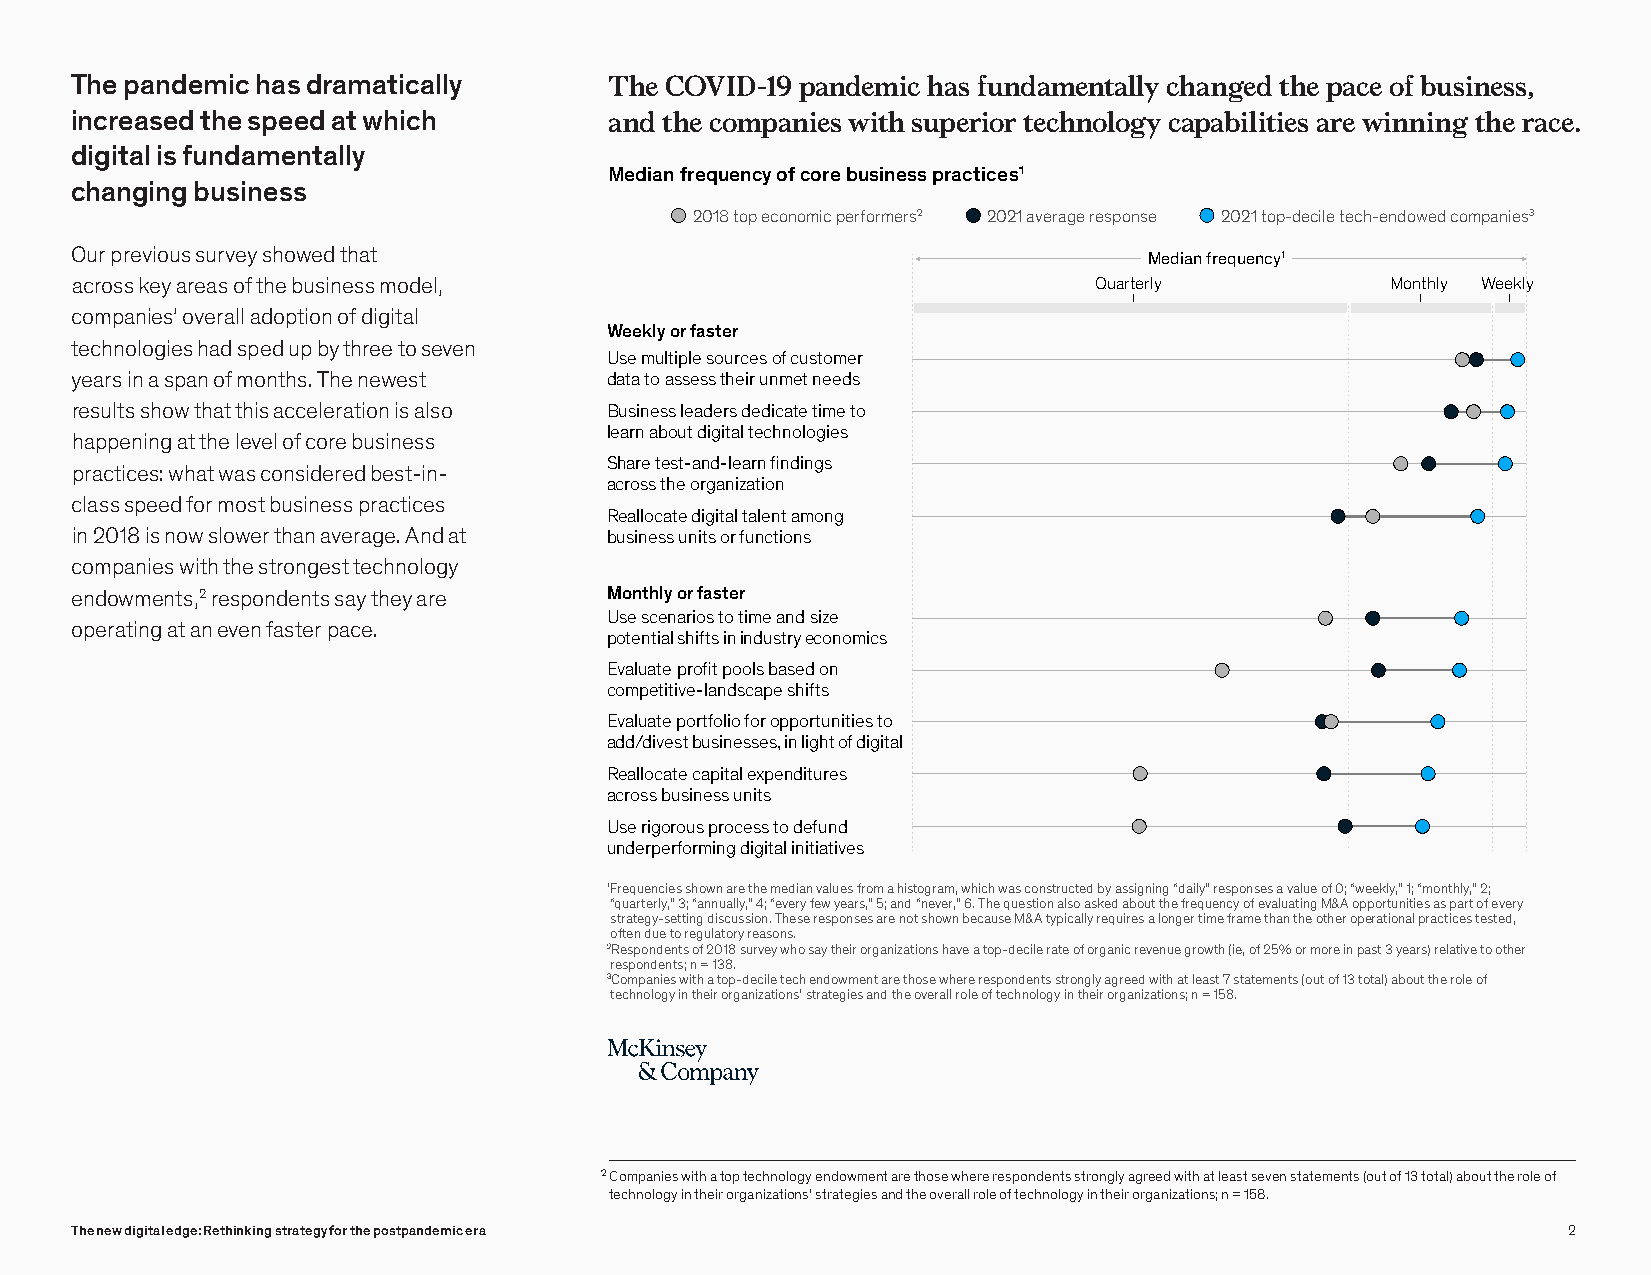
Web 2021
 Survey-DigitalStrategy
 Exhibit 1 of 13
 The pandemic has dramatically      TThhee C COOVVIDI-D1-91 9p apnadnedmemic ihca hsa fsu nfudnamdaemnteanlltya cllhya cnhgaendg tehde tphaec ep oacf eb uosf ibnuesssin, ess,
 increased the speed at which       a an nd d t th he e c co om mp pa an nie ies s w wit ih th s u sp ue pr eio rir o t re c teh cn ho nlo og loy g c ya p ca ab pi ali bti ie lis t ia er se aw ri en n win ing n t ih ne g r a thc ee . race.
 digital is fundamentally
 Median frequency of core business practices1
 changing business
 2018 top economic performers2 2021 average response 2021 top-decile tech-endowed companies3
 Our previous survey showed that                                        Median frequency1
 across key areas of the business model,                            Quarterly           Monthly Weekly
 companies’ overall adoption of digital
 Weekly or faster
 technologies had sped up by three to seven
 Use multiple sources of customer
 years in a span of months. The newest data to assess their unmet needs
 results show that this acceleration is also Business leaders dedicate time to
 learn about digital technologies
 happening at the level of core business
 Share test-and-learn findings
 practices: what was considered best-in-
 across the organization
 class speed for most business practices
 Reallocate digital talent among
 in 2018 is now slower than average. And at business units or functions
 companies with the strongest technology
 endowments,2 respondents say they are Monthly or faster
 Use scenarios to time and size
 operating at an even faster pace.
 potential shifts in industry economics
 Evaluate profit pools based on
 competitive-landscape shifts
 Evaluate portfolio for opportunities to
 add/divest businesses, in light of digital
 Reallocate capital expenditures
 across business units
 Use rigorous process to defund
 underperforming digital initiatives
 1Frequencies shown are the median values from a histogram, which was constructed by assigning “daily” responses a value of 0; “weekly,” 1; “monthly,” 2;
 “quarterly,” 3; “annually,” 4; “every few years,” 5; and “never,” 6. The question also asked about the frequency of evaluating M&A opportunities as part of every
 strategy-setting discussion. These responses are not shown because M&A typically requires a longer time frame than the other operational practices tested,
 often due to regulatory reasons.
 2Respondents of 2018 survey who say their organizations have a top-decile rate of organic revenue growth (ie, of 25% or more in past 3 years) relative to other
 respondents; n = 138.
 3Companies with a top-decile tech endowment are those where respondents strongly agreed with at least 7 statements (out of 13 total) about the role of
 technology in their organizations’ strategies and the overall role of technology in their organizations; n = 158.
 2 Companies with a top technology endowment are those where respondents strongly agreed with at least seven statements (out of 13 total) about the role of
 technology in their organizations’ strategies and the overall role of technology in their organizations; n = 158.
 The new digital edge: Rethinking strategy for the postpandemic era                                 2